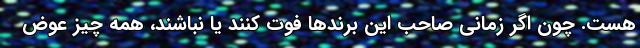
هست. چون اگر زمانی صاحب این برندها فوت کنند یا نباشند، همه چیز عوض